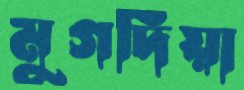
মুগদিয়া